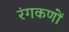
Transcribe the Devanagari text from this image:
रंगकणों